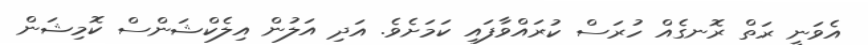
އެވަނީ ރަތް ރޮނގެއް ހުރަސް ކުރައްވާފައި ކަމަށެވެ. އަދި އަލުން އިލެކްޝަންސް ކޮމިޝަން